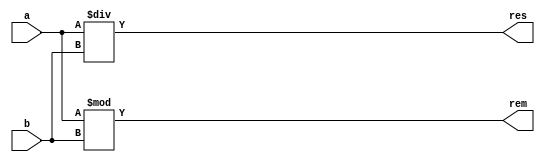
module div_unit
#
(
  parameter N = 32
)
(
  input[N-1:0] a,
  input[N-1:0] b,
  output[N-1:0] res, /* result */
  output[N-1:0] rem /* remainder */
);

assign res = a / b;
assign rem = a % b;

endmodule